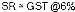
SR = GST @6%